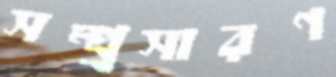
সম্প্র্রসারণ